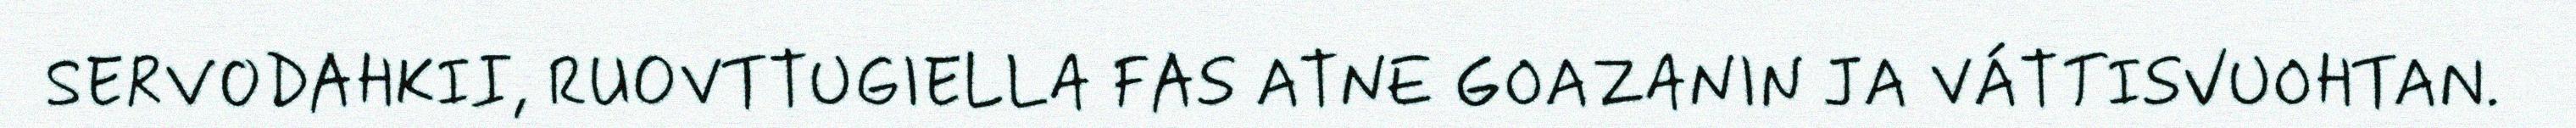
SERVODAHKII, RUOVTTUGIELLA FAS ATNE GOAZANIN JA VÁTTISVUOHTAN.